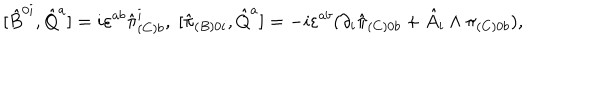
LaTeX: [ \hat { B } ^ { 0 i } , \hat { Q } ^ { a } ] = i \varepsilon ^ { a b } \hat { \pi } _ { ( C ) b } ^ { i } , \; [ \hat { \pi } _ { ( B ) 0 i } , \hat { Q } ^ { a } ] = - i \varepsilon ^ { a b } ( \partial _ { i } \hat { \pi } _ { ( C ) 0 b } + \hat { A } _ { i } \wedge \pi _ { ( C ) 0 b } ) ,